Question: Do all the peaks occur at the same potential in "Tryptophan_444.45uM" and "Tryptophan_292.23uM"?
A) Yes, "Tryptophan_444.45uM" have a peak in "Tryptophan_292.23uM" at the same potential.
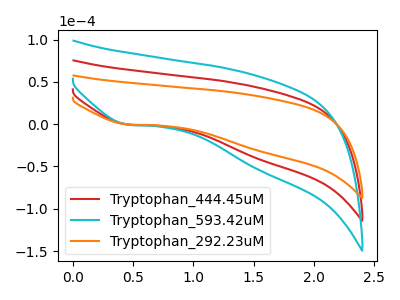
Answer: <think>The red curve "Tryptophan_444.45uM" has a cathodic peak at: (0.45V, -0.35uA). The cyan curve "Tryptophan_593.42uM" has a cathodic peak at: (0.45V, -0.70uA). The orange curve "Tryptophan_292.23uM" has a cathodic peak at: (0.45V, -0.25uA).</think>
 <answer>A) Yes, "Tryptophan_444.45uM" have a peak in "Tryptophan_292.23uM" at the same potential.</answer>
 <eval>A</eval>